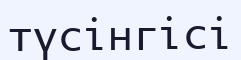
түсінгісі